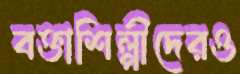
বক্তাশিল্পীদেরও